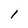
Character: l